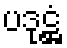
ပဒုဋ္ဌံ